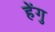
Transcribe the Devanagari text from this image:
हेंगु